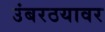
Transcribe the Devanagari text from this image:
उंबरठयावर